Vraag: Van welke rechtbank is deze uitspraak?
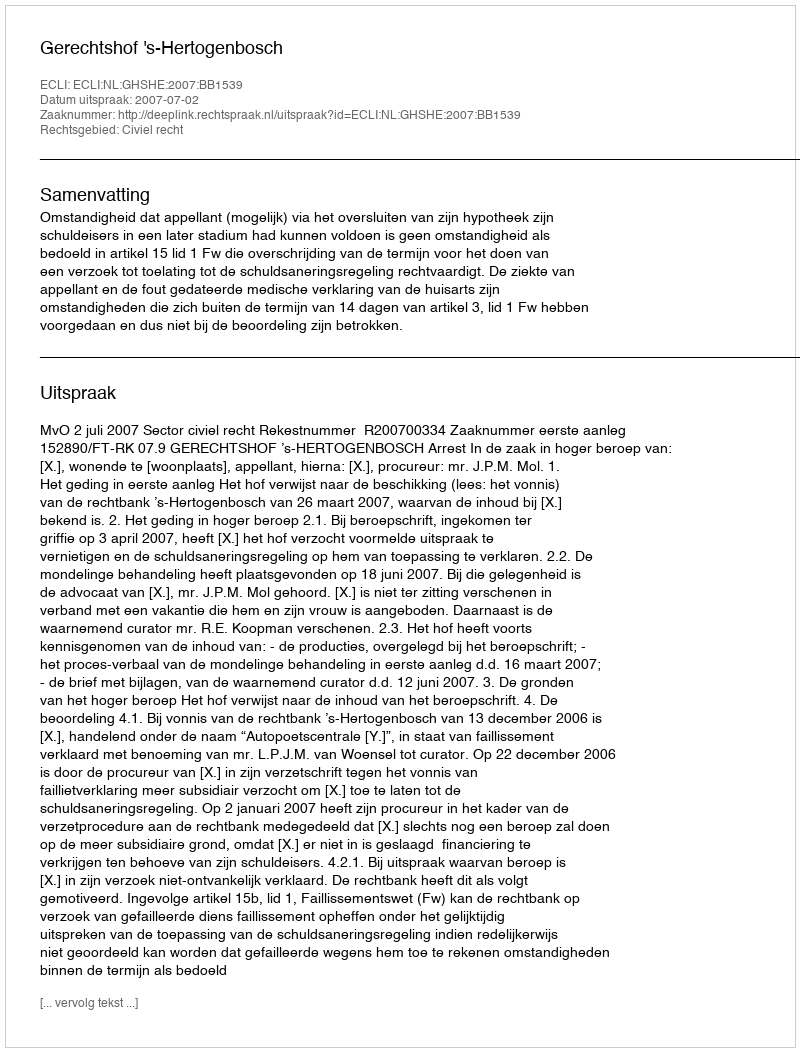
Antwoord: Gerechtshof 's-Hertogenbosch